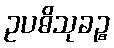
ဥပဓိသုခဉ္စ